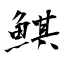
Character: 鯕